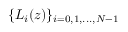
\{ L _ { i } ( z ) \} _ { i = 0 , 1 , . . . , N - 1 }